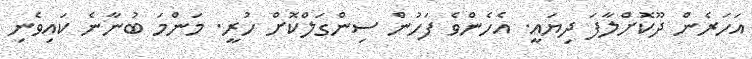
އަހަރެން ދޫކޮށްލާފަ ދިޔައީ. އެހެންވެ ފަހުން ސިންގަލްކޮށް ހުރީ. މަންމަ ބުނާނެ ކައިވެނި